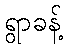
ရွာခန့်